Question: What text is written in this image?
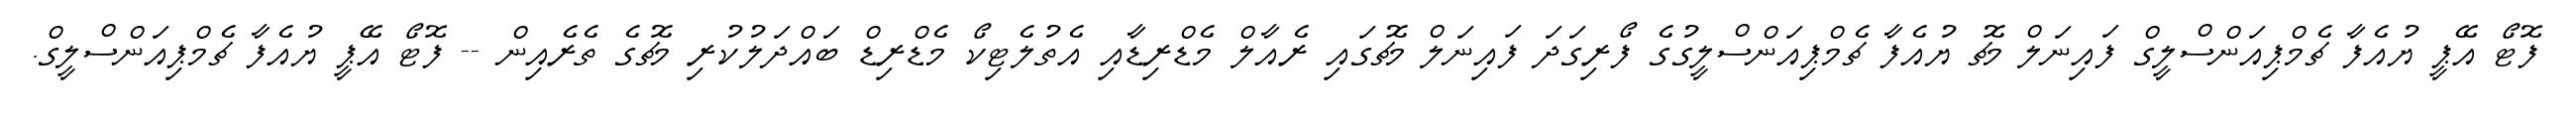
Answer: ފޮޓޯ އޭޕީ ޔުއެފާ ޗެމްޕިއަންސްލީގް ފައިނަލް މެޗު ޔުއެފާ ޗެމްޕިއަންސްލީގުގެ ފޯރިގަދަ ފައިނަލް މެޗުގައި ރެއާލް މެޑްރިޑާއި އެތުލެޓިކޯ މެޑްރިޑް ބައްދަލުކުރި މެޗުގެ ތެރެއިން -- ފޮޓޯ އޭޕީ ޔުއެފާ ޗެމްޕިއަންސްލީގް.